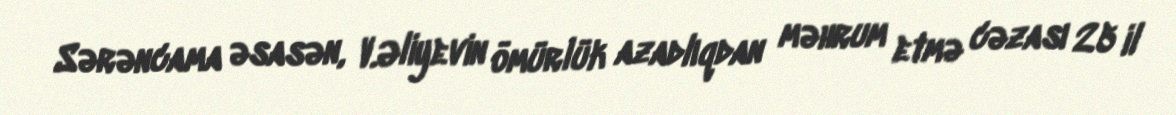
Sərəncama əsasən, V.Əliyevin ömürlük azadlıqdan məhrum etmə cəzası 25 il